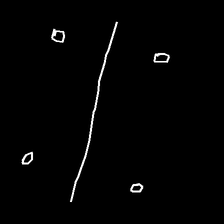
Glyph: cool